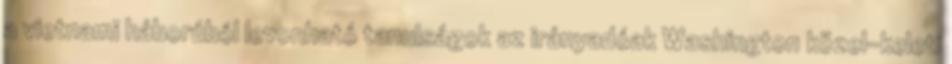
a vietnami háborúból levonható tanulságok az irányadóak Washington közel-keleti